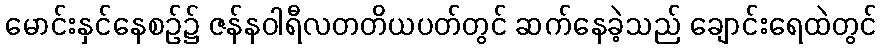
မောင်းနှင်နေစဉ်၌ ဇန်နဝါရီလတတိယပတ်တွင် ဆက်နေခဲ့သည် ချောင်းရေထဲတွင်